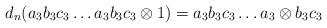
LaTeX: \begin{align*}d_n(a_3b_3c_3 \dots a_3b_3c_3 \otimes 1) = a_3b_3c_3 \dots a_3 \otimes b_3c_3\end{align*}